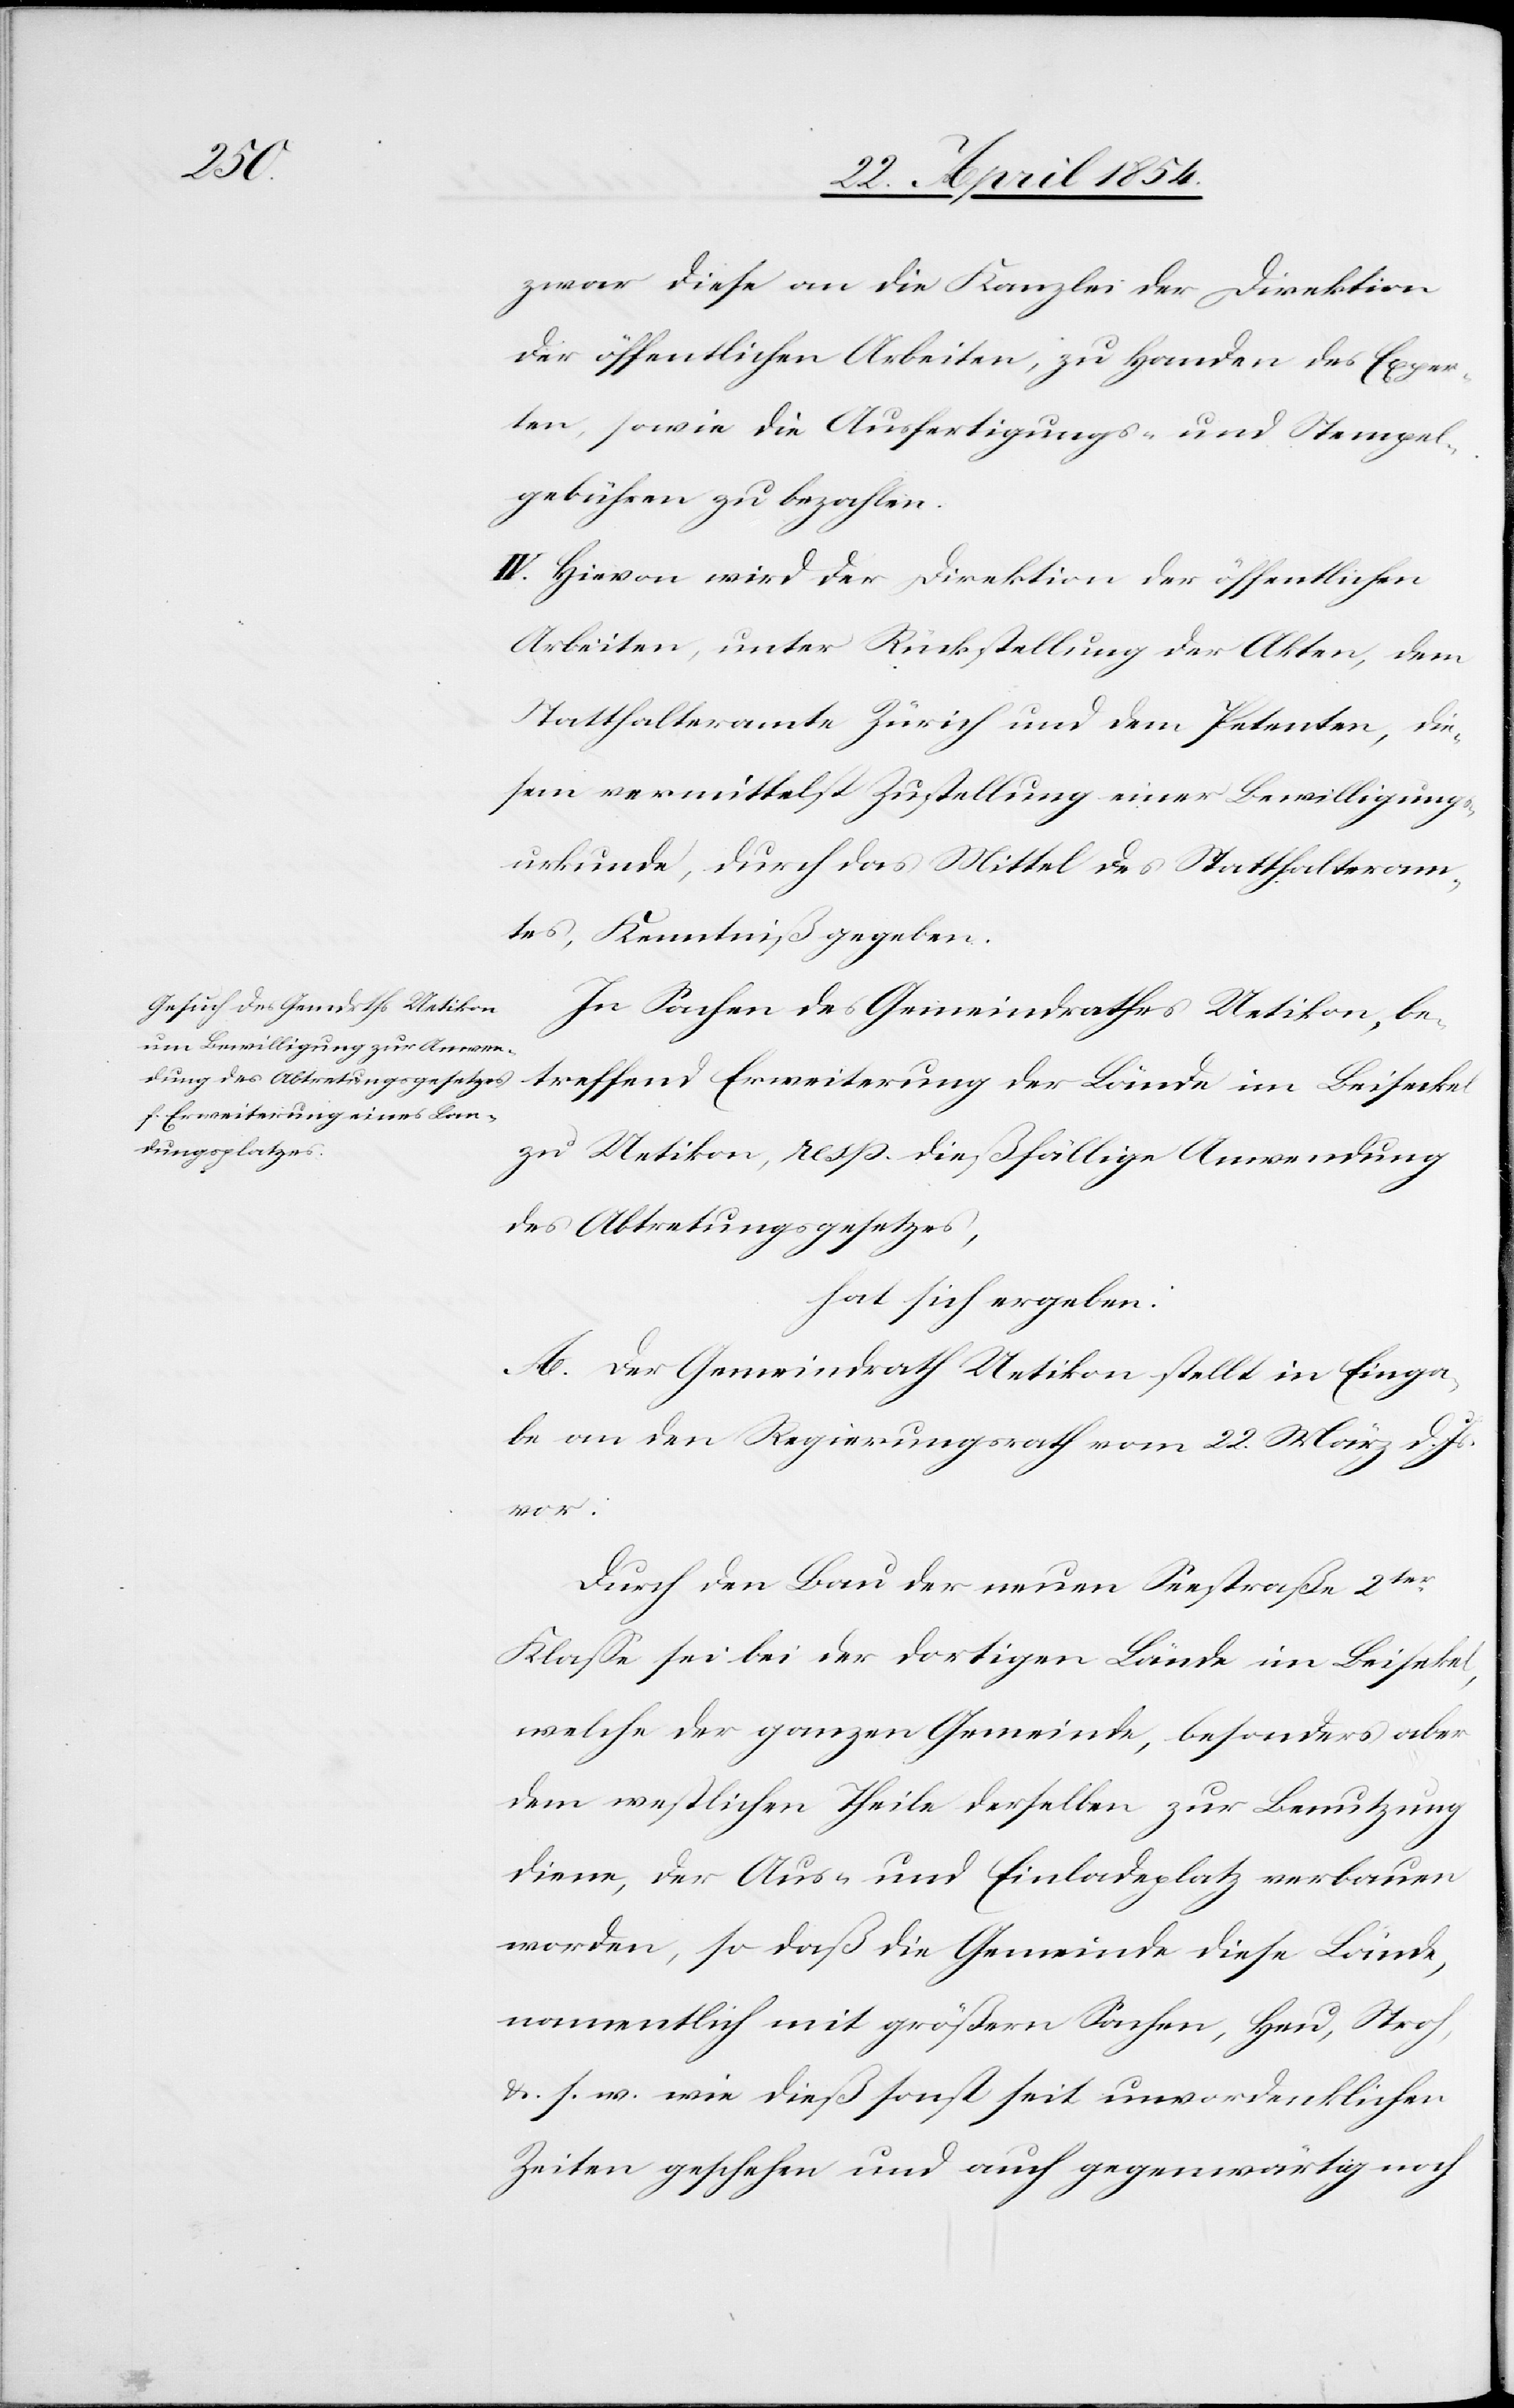
zwar diese an die Kanzlei der Direktion
der öffentlichen Arbeiten, zu Handen der Exper¬
ten, sowie die Ausfertigungs- und Stempel¬
gebühren zu bezahlen.
IV. Hievon wird der Direktion der öffentlichen
Arbeiten, unter Rückstellung der Akten, dem
Statthalteramte Zürich und dem Petenten, die¬
sem vermittelst Zustellung einer Bewilligungs¬
urkunde, durch das Mittel des Statthalteram¬
tes, Kenntniß gegeben.
In Sachen des Gemeindrathes Uetikon, be¬
treffend Erweiterung der Lände im Beiseckel
zu Uetikon, resp. dießfällige Anwendung
des Abtretungsgesetzes,
hat sich ergeben:
A. Der Gemeindrath Uetikon stellt in Einga¬
be an den Regierungsrath vom 22. März d. Js.
vor:
Durch den Bau der neuen Seestraße 2tr
Klaße sei bei der dortigen Lände im Beisekel
welche der ganzen Gemeinde, besonders aber
dem westlichen Theile derselben zur Benutzung
diene, der Aus- und Einladeplatz verbauen
worden, so daß die Gemeinde diese Lände,
namentlich mit größern Sachen, Heu, Stroh,
u. s. w. wie dieß sonst seit unvordenklichen
Zeiten geschehen und auch gegenwärtig noch